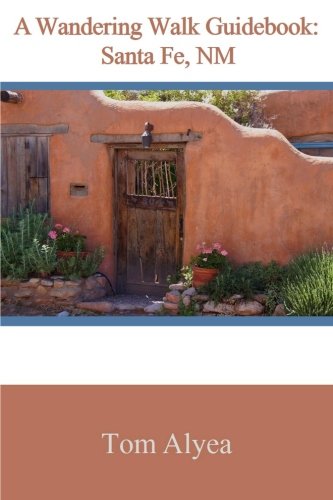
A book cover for A Wandering Walk Guidebook: Santa Fe, NM; Tom Alyea; Travel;